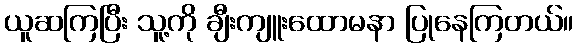
ယူဆကြပြီး သူ့ကို ချီးကျူးထောမနာ ပြုနေကြတယ်။